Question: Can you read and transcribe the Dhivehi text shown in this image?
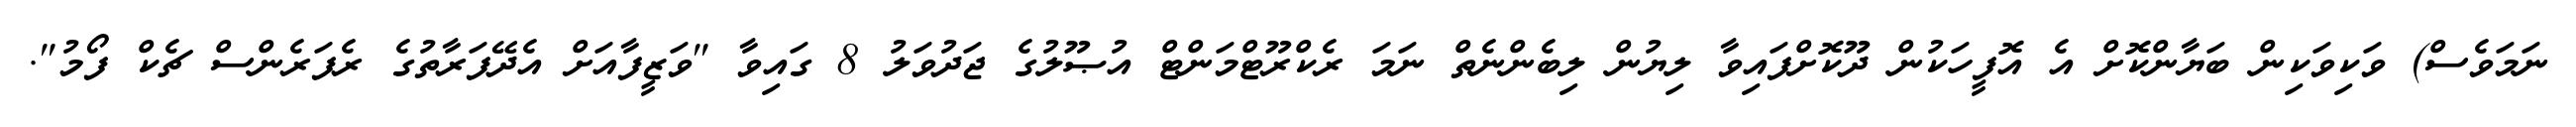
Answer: ނަމަވެސް) ވަކިވަކިން ބަޔާންކޮށް އެ އޮފީހަކުން ދޫކޮށްފައިވާ ލިޔުން ލިބެންނެތް ނަމަ ރެކްރޫޓްމަންޓް އުޞޫލުގެ ޖަދުވަލު 8 ގައިވާ "ވަޒީފާއަށް އެދޭފަރާތުގެ ރެފަރެންސް ޗެކް ފޯމު".